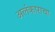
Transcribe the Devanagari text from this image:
अलंकाराचा